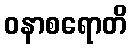
ဝနာစရောတိ